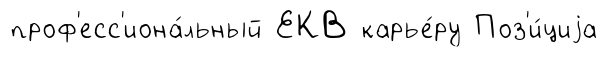
проф'есс'иона́льный ЕКВ карье́ру Поз'и́циjа